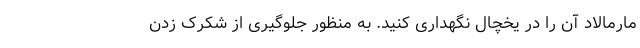
مارمالاد آن را در یخچال نگهداری کنید. به منظور جلوگیری از شکرک زدن